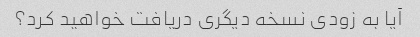
آیا به زودی نسخه دیگری دریافت خواهید کرد؟